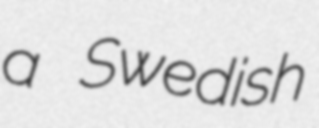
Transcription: a Swedish